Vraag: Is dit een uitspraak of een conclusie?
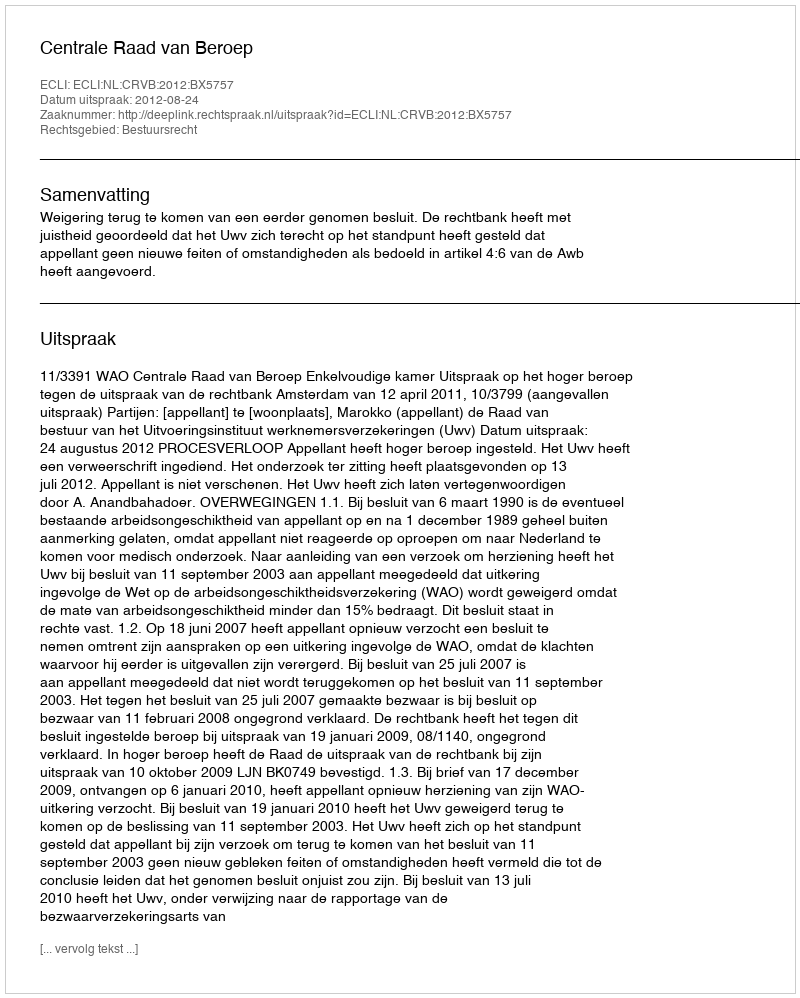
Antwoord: Uitspraak